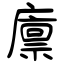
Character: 廪